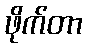
ဖိုက်တာ